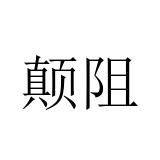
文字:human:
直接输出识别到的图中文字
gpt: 颠阻